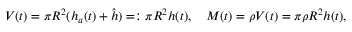
V ( t ) = \pi R ^ { 2 } ( h _ { a } ( t ) + \hat { h } ) = : \pi R ^ { 2 } h ( t ) , \quad M ( t ) = \rho V ( t ) = \pi \rho R ^ { 2 } h ( t ) ,